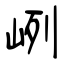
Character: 峢